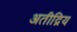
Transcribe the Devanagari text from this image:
अतीद्रिय